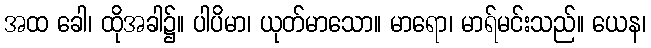
အထ ခေါ၊ ထိုအခါ၌။ ပါပိမာ၊ ယုတ်မာသော။ မာရော၊ မာရ်မင်းသည်။ ယေန၊